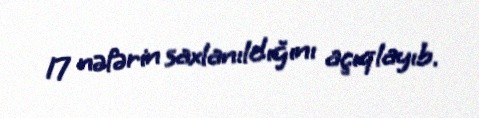
17 nəfərin saxlanıldığını açıqlayıb.